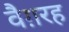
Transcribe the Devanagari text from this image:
वैग़रह